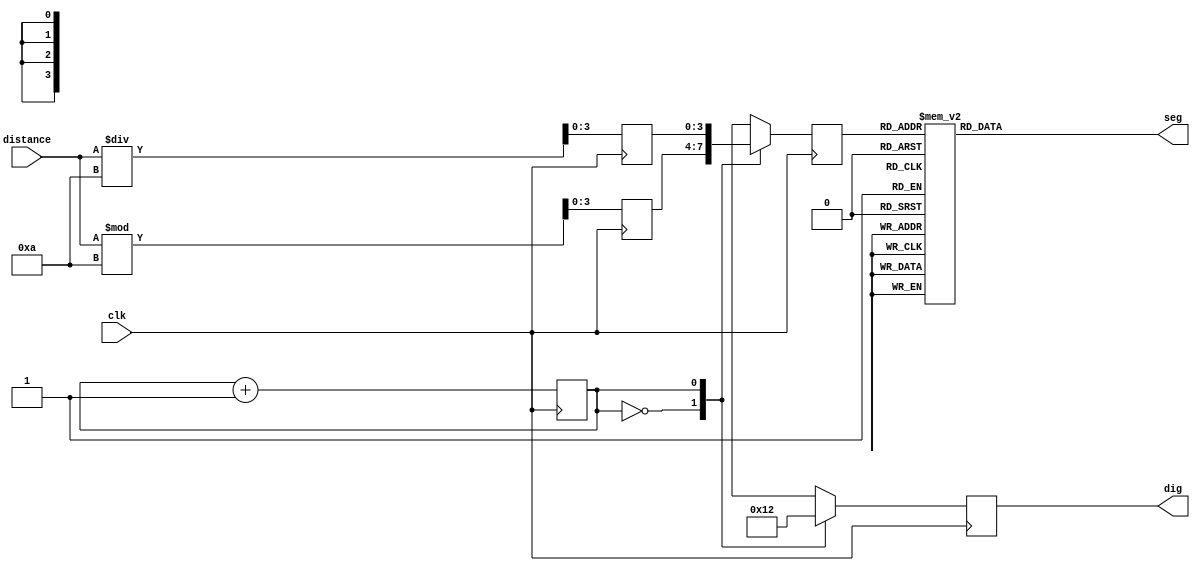
module display_dis(clk,distance,dig,seg);
input clk;
input [3:0]distance;
output reg[3:0]dig;
output reg[6:0]seg;

reg[3:0]data1,data2;
reg[3:0]data;
reg q;

initial
begin
dig<=0;seg<=0;
data1<=0;data2<=0;
data<=0;q<=0;
end

always@(posedge clk)
begin
data1<=distance%10;
data2<=distance/10;
end

always @(posedge clk)
begin
	q<=q+1;
	case(q)
	1'd0 : begin dig<=4'b0001; data<=data1; end
	1'd1 : begin dig<=4'b0010; data<=data2; end
	endcase
end

always @(data)
begin 
	case(data)
   4'd0 : seg=7'b1111110;
   4'd1 : seg=7'b0110000;
   4'd2 : seg=7'b1101101;
   4'd3 : seg=7'b1111001;
   4'd4 : seg=7'b0110011;
   4'd5 : seg=7'b1011011;
   4'd6 : seg=7'b1011111;
   4'd7 : seg=7'b1110000;
   4'd8 : seg=7'b1111111;
   4'd9 : seg=7'b1111011;
   default : seg=7'b1111110;
   endcase
end

endmodule